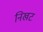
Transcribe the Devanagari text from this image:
निखट